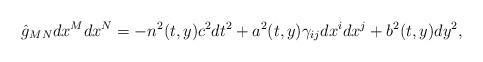
LaTeX: \begin{align*}\hat{g}_{MN}dx^Mdx^N=-n^2(t,y)c^2dt^2+a^2(t,y)\gamma_{ij}dx^idx^j+b^2(t,y)dy^2,\end{align*}